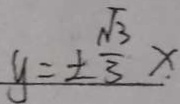
y = \pm \frac { \sqrt { 3 } } { 3 } x .